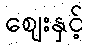
ဈေးနှင့်